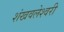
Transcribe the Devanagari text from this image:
शंखवलेश्वरी